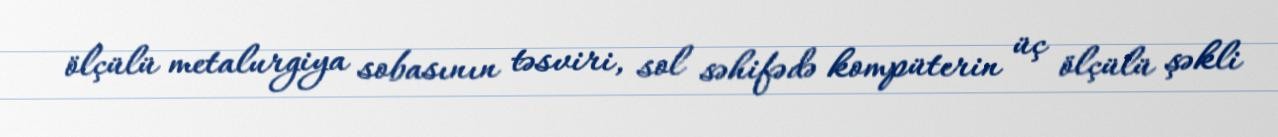
ölçülü metalurgiya sobasının təsviri, sol səhifədə kompüterin üç ölçülü şəkli